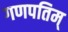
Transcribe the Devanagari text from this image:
गणपतिम्‌